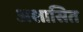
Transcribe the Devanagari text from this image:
अशासित